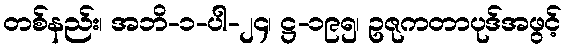
တစ်နည်း၊ အဘိ-၁-ပါ-၂၄၊ ဋ္ဌ-၁၉၅၊ ဥဇုကတာပုဒ်အဖွင့်